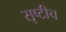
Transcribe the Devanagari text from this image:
सृष्टीच